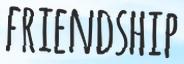
FRIENDSHIP